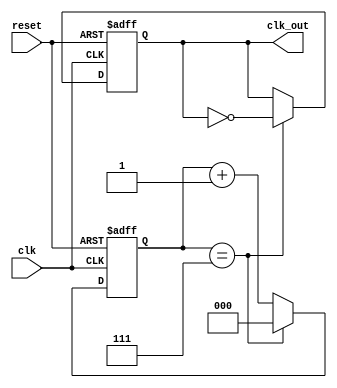
module Frequency_Synthesizer (
    input wire clk,
    input wire reset,
    output reg clk_out
);

reg [2:0] counter;

always @(posedge clk or posedge reset) begin
    if (reset) begin
        counter <= 3'b0;
        clk_out <= 1'b0;
    end else begin
        if (counter == 3'd7) begin
            counter <= 3'b0;
            clk_out <= ~clk_out;
        end else begin
            counter <= counter + 3'd1;
        end
    end
end

endmodule